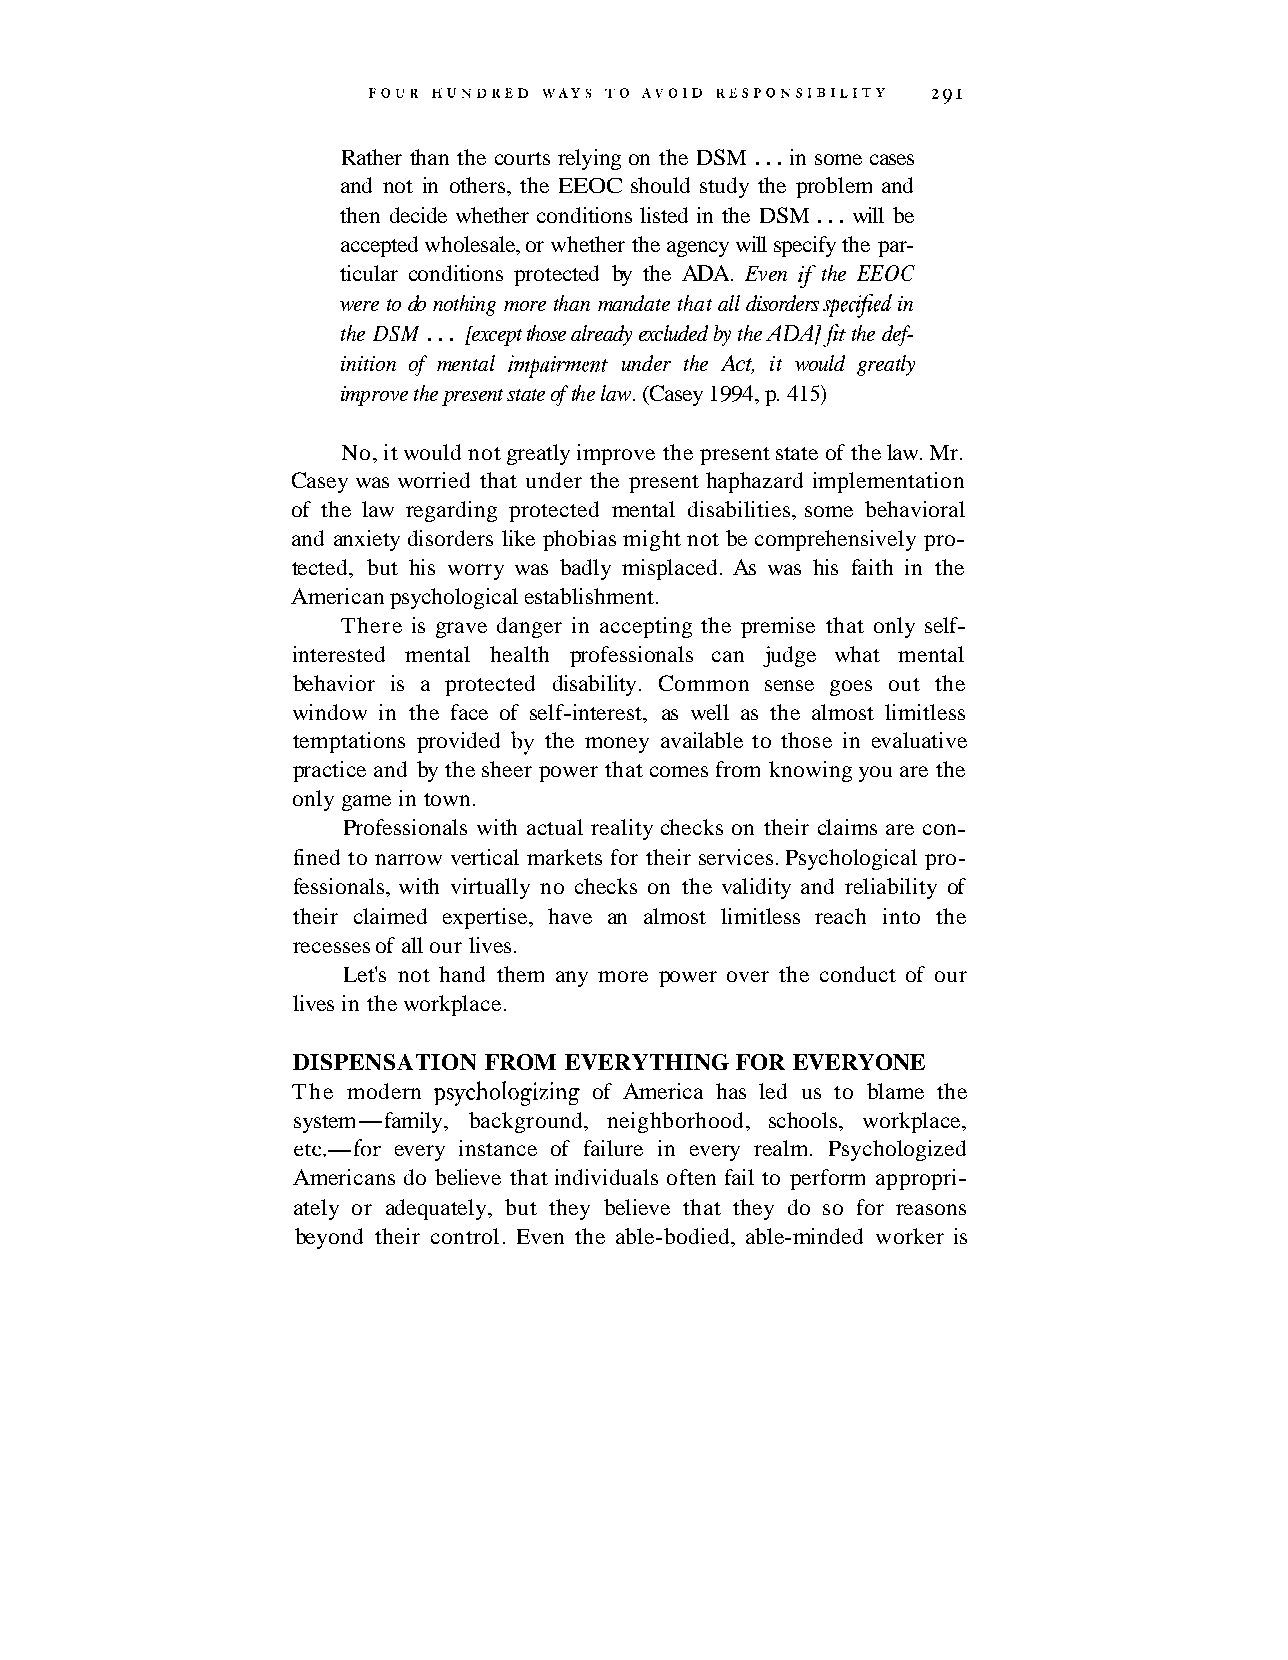
Rather than the courts relying on the DSM . . . in some cases
 and not in others, the EEOC should study the problem and
 then decide whether conditions listed in the DSM . . . will be
 accepted wholesale, or whether the agency will specify the par-
 ticular conditions protected by the ADA. Even if the EEOC
 were to do nothing more than mandate that all disorders speczfied in
 the DSM . . . [except those already excluded by the ADA]$t the def-
 inition of mental impairment under the Act, it would greatly
 improve the present state of the law. (Casey 1994, p. 41 5)
 No, it would not greatly improve the present state of the law. Mr.
 Casey was worried that under the present haphazard implementation
 of the law regarding protected mental disabilities, some behavioral
 and anxiety disorders like phobias might not be comprehensively pro-
 tected, but his worry was badly misplaced. As was his faith in the
 American psychological establishment.
 There is grave danger in accepting the premise that only self-
 interested mental health professionals can judge what mental
 behavior is a protected disability. Common sense goes out the
 window in the face of self-interest, as well as the almost limitless
 temptations provided by the money available to those in evaluative
 practice and by the sheer power that comes from knowing you are the
 only game in town.
 Professionals with actual reality checks on their claims are con-
 fined to narrow vertical markets for their services. Psychological pro-
 fessionals, with virtually no checks on the validity and reliability of
 their claimed expertise, have an almost limitless reach into the
 recesses of all our lives.
 Let's not hand them any more power over the conduct of our
 lives in the workplace.
 DISPENSATION FROM EVERYTHING  FOR EVERYONE
 The modern psychologizing of America has led us to blame the
 system-family, background, neighborhood, schools, workplace,
 etc.-for every instance of failure in every realm. Psychologized
 Americans do believe that individuals often fail to perform appropri-
 ately or adequately, but they believe that they do so for reasons
 beyond their control. Even the able-bodied, able-minded worker is